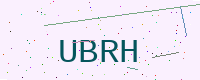
Text: UBRH